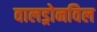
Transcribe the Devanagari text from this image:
वालड्रोनविल